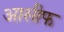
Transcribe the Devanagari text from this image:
आसीफ